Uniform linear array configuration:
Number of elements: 48
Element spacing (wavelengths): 0.5
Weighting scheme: hamming
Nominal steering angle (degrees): -15
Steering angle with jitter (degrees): -14.935
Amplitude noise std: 0.05
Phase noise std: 0.05

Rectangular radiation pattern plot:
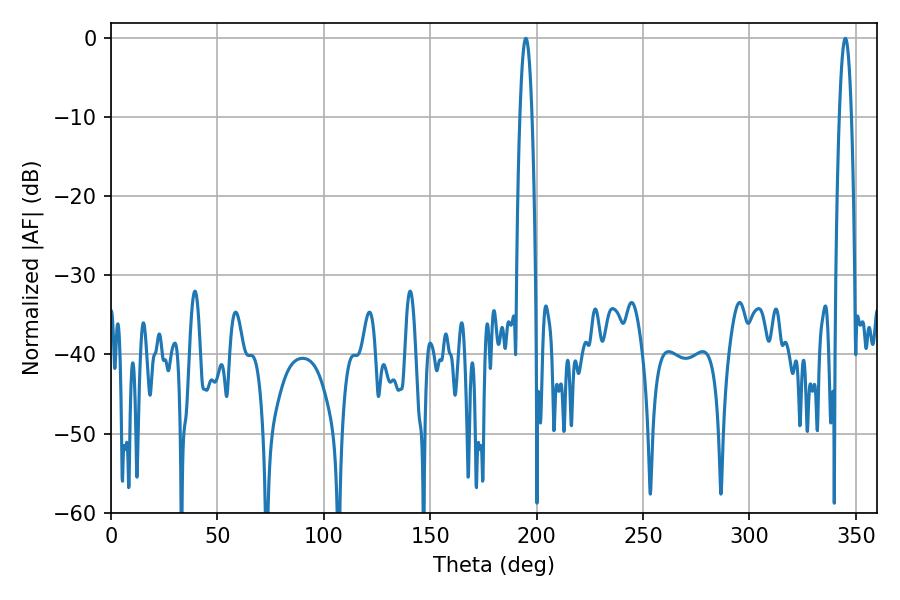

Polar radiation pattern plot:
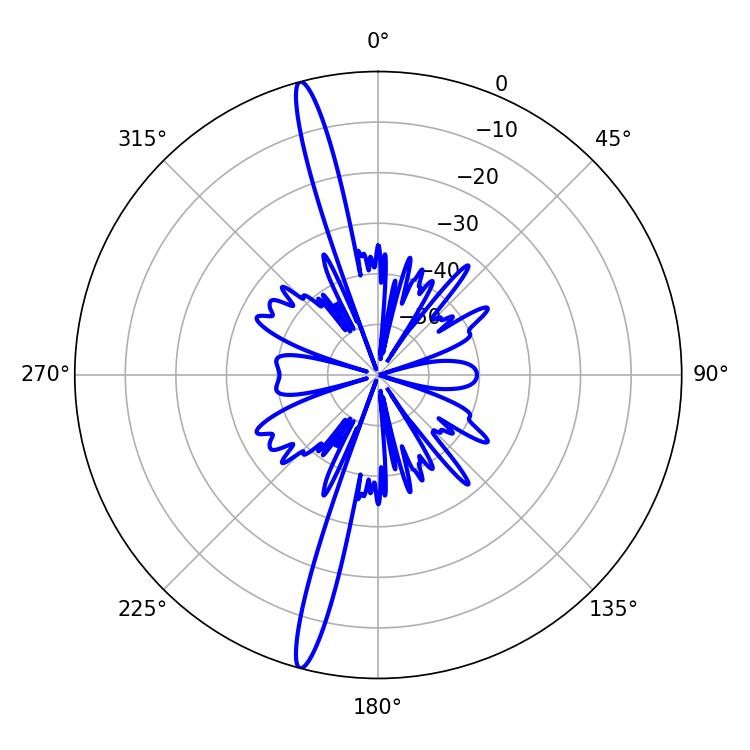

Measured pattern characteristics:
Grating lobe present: FALSE
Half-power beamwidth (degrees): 3.24
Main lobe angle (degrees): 194.94